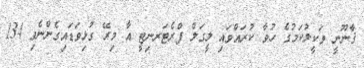
ޤާނޫނީ ވަކީލުކަމުގެ ހުވާ ކުރައްވައި ލީގަލް ފްރެޓަރނިޓީ އާ މިރޭ ގުޅިވަޑައިގެންނެވި 134